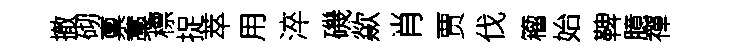
撤砌禀藁標捉萃用淬磯歘肖贾伐籕始鞞臆禪